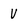
Character: V